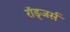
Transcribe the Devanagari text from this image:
रॉड्जर्स